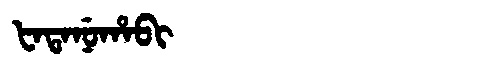
Manchu: ᡶᠠᡨᠠᠨᡠᡥᠠᠪᡳ
Romanization: FATANUHABI